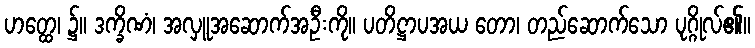
ဟတ္ထေ၊ ၌။ ဒက္ခိဏံ၊ အလှူအဆောက်အဦးကို။ ပတိဋ္ဌာပအယ တော၊ တည်ဆောက်သော ပုဂ္ဂိုလ်၏။